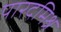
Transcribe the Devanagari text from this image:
पारदमिश्र